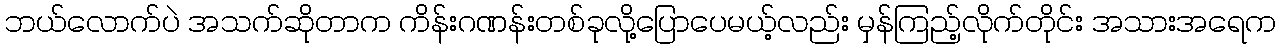
ဘယ်လောက်ပဲ အသက်ဆိုတာက ကိန်းဂဏန်းတစ်ခုလို့ပြောပေမယ့်လည်း မှန်ကြည့်လိုက်တိုင်း အသားအရေက